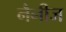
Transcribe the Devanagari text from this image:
नैनीज